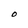
Character: O